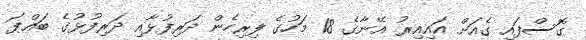
ގޮސްފައި ގެއަށް އައިިއިރު އޭނާގެ 18 މަހުގެ ފިރިހެން ދަރިފުޅާއި ދަރިފުޅުގެ ބައްޕަ